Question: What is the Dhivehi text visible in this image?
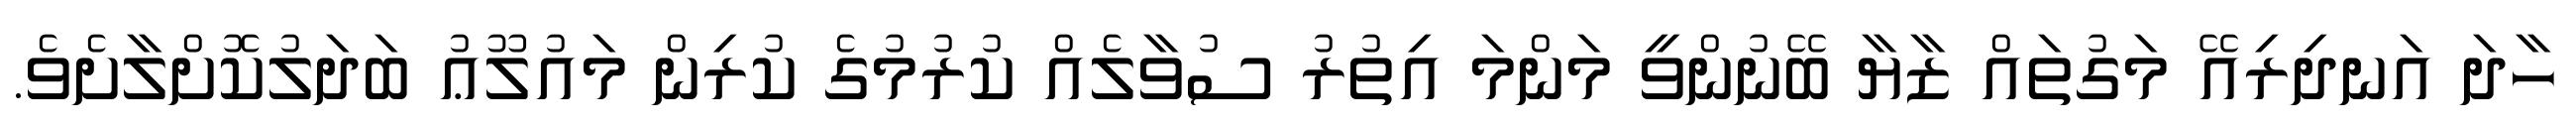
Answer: ހާދަ އަނދިރިއޭ މަގުތައް ޒާޔާ ބޭނުންވީ މަންމަ އިތުރު ސުވާލެއް ކުރުމުގެ ކުރިން މައުލޫޢު ބަދަލުކޮށްލާށެވެ.